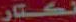
نكتار